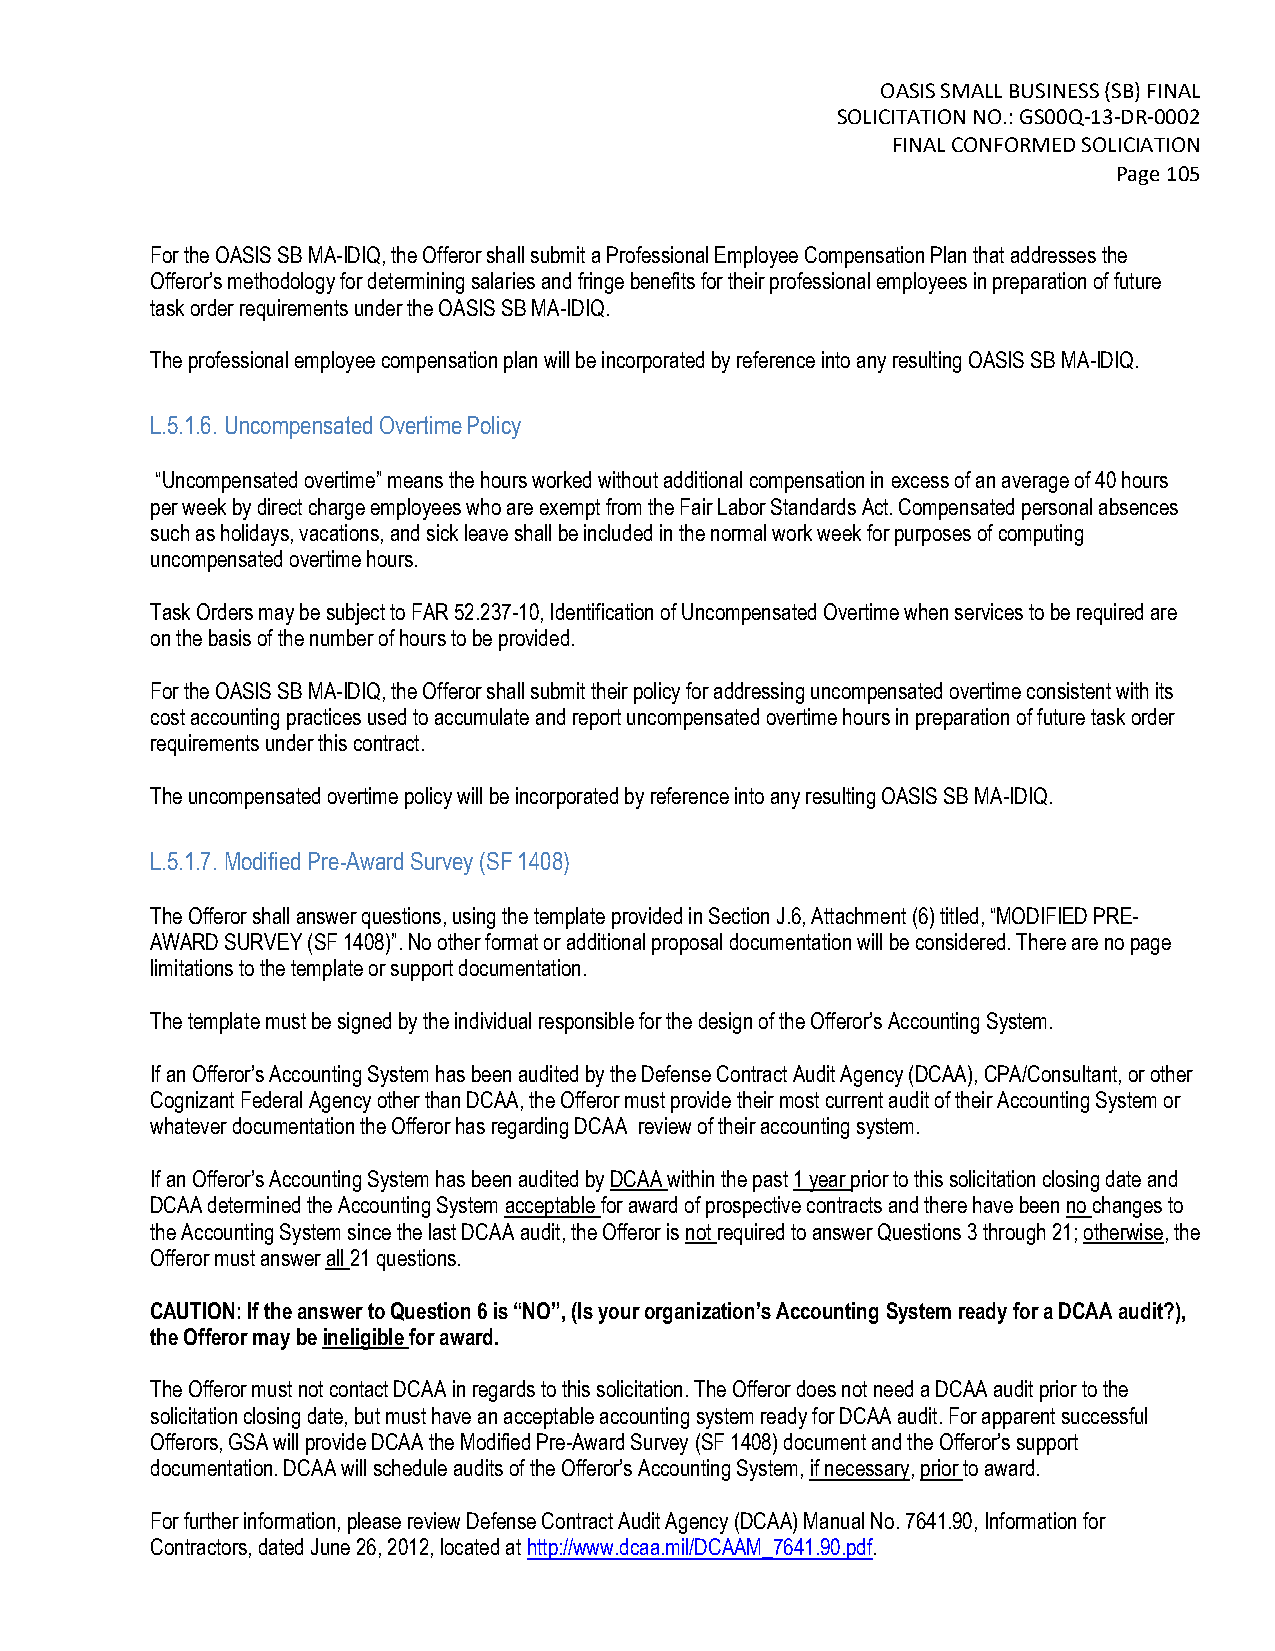
OASIS SMALL BUSINESS (SB) FINAL
 SOLICITATION NO.: GS00Q-13-DR-0002
 FINAL CONFORMED SOLICIATION
 Page 105
 For the OASIS SB MA-IDIQ, the Offeror shall submit a Professional Employee Compensation Plan that addresses the
 Offeror’s methodology for determining salaries and fringe benefits for their professional employees in preparation of future
 task order requirements under the OASIS SB MA-IDIQ.
 The professional employee compensation plan will be incorporated by reference into any resulting OASIS SB MA-IDIQ.
 L.5.1.6. Uncompensated Overtime Policy
 “Uncompensated overtime” means the hours worked without additional compensation in excess of an average of 40 hours
 per week by direct charge employees who are exempt from the Fair Labor Standards Act. Compensated personal absences
 such as holidays, vacations, and sick leave shall be included in the normal work week for purposes of computing
 uncompensated overtime hours.
 Task Orders may be subject to FAR 52.237-10, Identification of Uncompensated Overtime when services to be required are
 on the basis of the number of hours to be provided.
 For the OASIS SB MA-IDIQ, the Offeror shall submit their policy for addressing uncompensated overtime consistent with its
 cost accounting practices used to accumulate and report uncompensated overtime hours in preparation of future task order
 requirements under this contract.
 The uncompensated overtime policy will be incorporated by reference into any resulting OASIS SB MA-IDIQ.
 L.5.1.7. Modified Pre-Award Survey (SF 1408)
 The Offeror shall answer questions, using the template provided in Section J.6, Attachment (6) titled, “MODIFIED PRE-
 AWARD SURVEY (SF 1408)”. No other format or additional proposal documentation will be considered. There are no page
 limitations to the template or support documentation.
 The template must be signed by the individual responsible for the design of the Offeror’s Accounting System.
 If an Offeror’s Accounting System has been audited by the Defense Contract Audit Agency (DCAA), CPA/Consultant, or other
 Cognizant Federal Agency other than DCAA, the Offeror must provide their most current audit of their Accounting System or
 whatever documentation the Offeror has regarding DCAA review of their accounting system.
 If an Offeror’s Accounting System has been audited by DCAA within the past 1 year prior to this solicitation closing date and
 DCAA determined the Accounting System acceptable for award of prospective contracts and there have been no changes to
 the Accounting System since the last DCAA audit, the Offeror is not required to answer Questions 3 through 21; otherwise, the
 Offeror must answer all 21 questions.
 CAUTION: If the answer to Question 6 is “NO”, (Is your organization’s Accounting System ready for a DCAA audit?),
 the Offeror may be ineligible for award.
 The Offeror must not contact DCAA in regards to this solicitation. The Offeror does not need a DCAA audit prior to the
 solicitation closing date, but must have an acceptable accounting system ready for DCAA audit. For apparent successful
 Offerors, GSA will provide DCAA the Modified Pre-Award Survey (SF 1408) document and the Offeror’s support
 documentation. DCAA will schedule audits of the Offeror’s Accounting System, if necessary, prior to award.
 For further information, please review Defense Contract Audit Agency (DCAA) Manual No. 7641.90, Information for
 Contractors, dated June 26, 2012, located at http://www.dcaa.mil/DCAAM_7641.90.pdf.